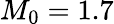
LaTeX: M_{0}=1.7